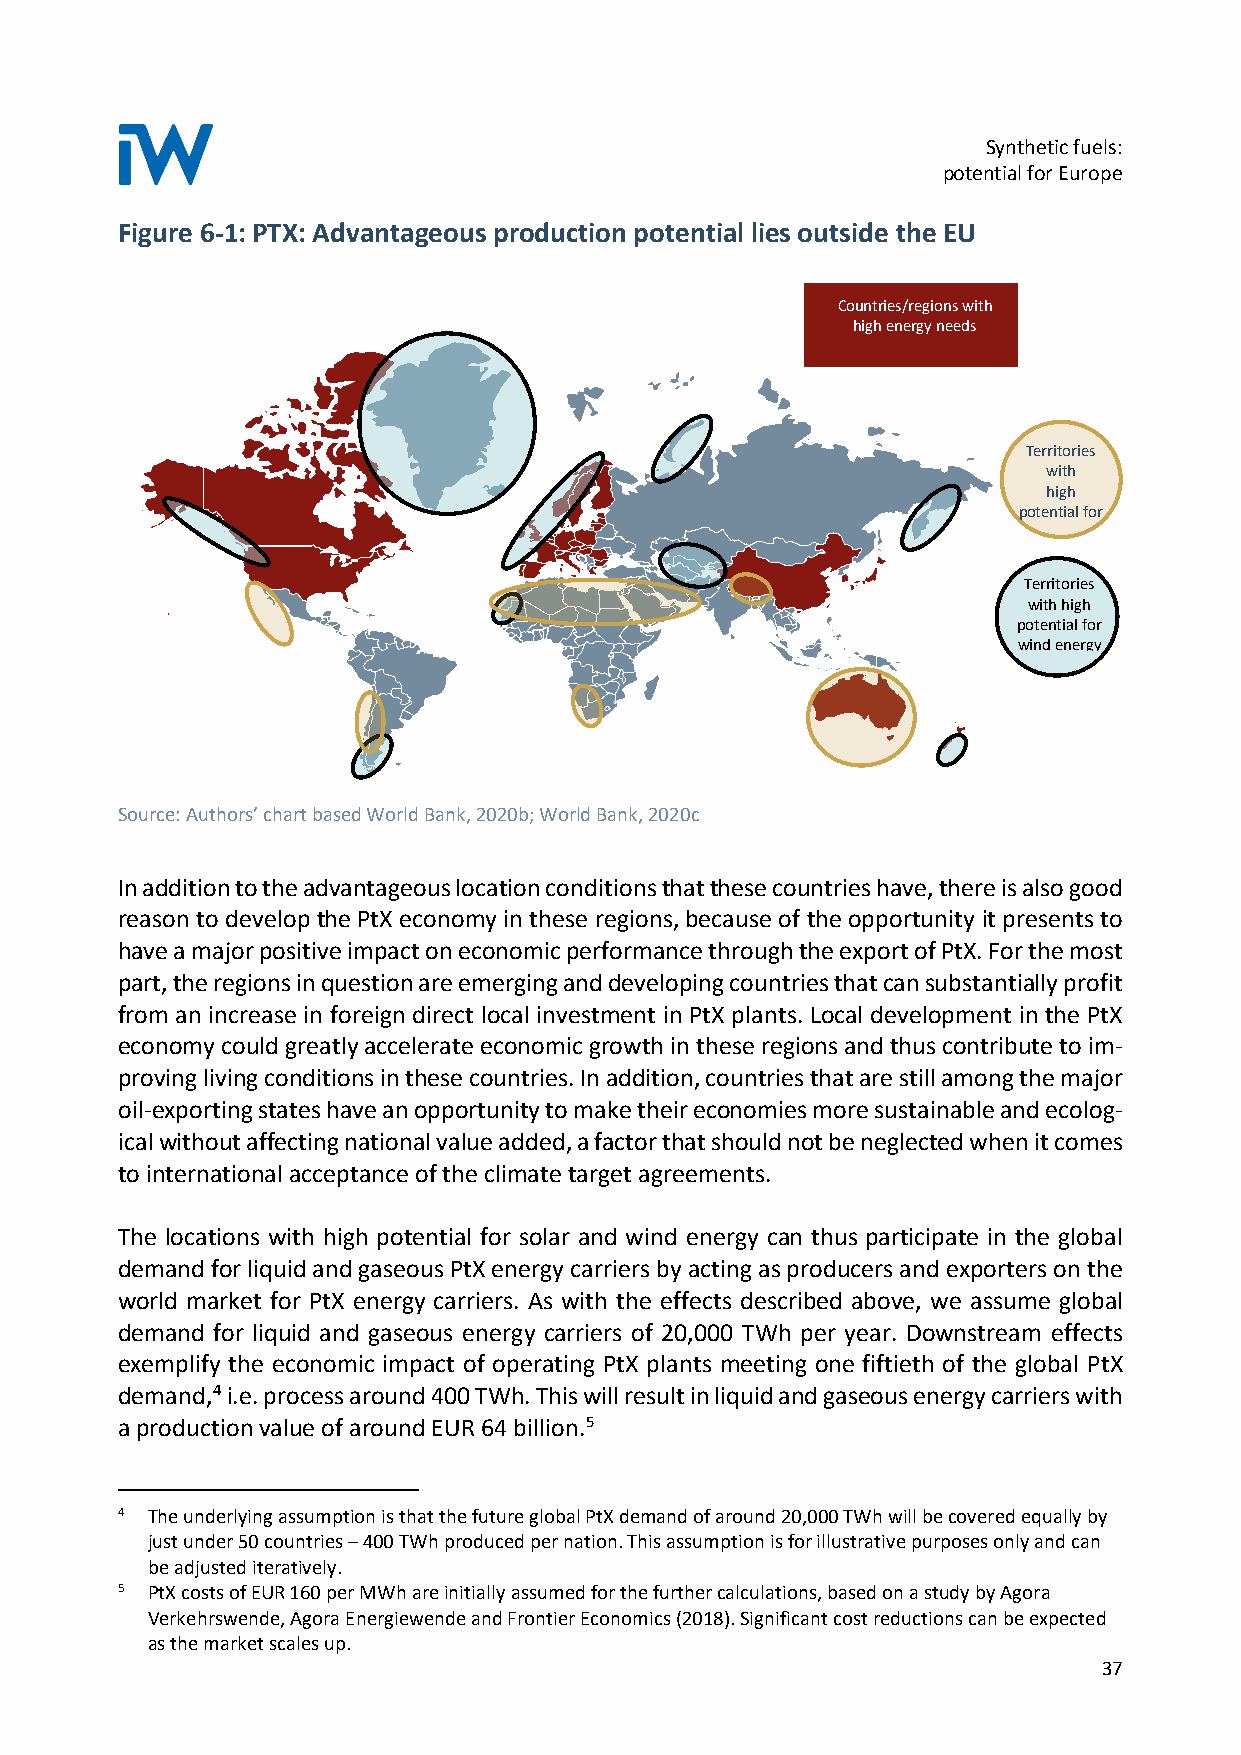
Synthetic fuels:
 potential for Europe
 Figure 6-1: PTX: Advantageous production potential lies outside the EU
 Countries/regions with
 high energy needs
 Territories
 with
 high
 potential for
 Territories
 with high
 potential for
 wind energy
 Source: Authors’ chart based World Bank, 2020b; World Bank, 2020c
 In addition to the advantageous location conditions that these countries have, there is also good
 reason to develop the PtX economy in these regions, because of the opportunity it presents to
 have a major positive impact on economic performance through the export of PtX. For the most
 part, the regions in question are emerging and developing countries that can substantially profit
 from an increase in foreign direct local investment in PtX plants. Local development in the PtX
 economy could greatly accelerate economic growth in these regions and thus contribute to im-
 proving living conditions in these countries. In addition, countries that are still among the major
 oil-exporting states have an opportunity to make their economies more sustainable and ecolog-
 ical without affecting national value added, a factor that should not be neglected when it comes
 to international acceptance of the climate target agreements.
 The locations with high potential for solar and wind energy can thus participate in the global
 demand for liquid and gaseous PtX energy carriers by acting as producers and exporters on the
 world market for PtX energy carriers. As with the effects described above, we assume global
 demand for liquid and gaseous energy carriers of 20,000 TWh per year. Downstream effects
 exemplify the economic impact of operating PtX plants meeting one fiftieth of the global PtX
 demand,4 i.e. process around 400 TWh. This will result in liquid and gaseous energy carriers with
 a production value of around EUR 64 billion.5
 4 The underlying assumption is that the future global PtX demand of around 20,000 TWh will be covered equally by
 just under 50 countries – 400 TWh produced per nation. This assumption is for illustrative purposes only and can
 be adjusted iteratively.
 5 PtX costs of EUR 160 per MWh are initially assumed for the further calculations, based on a study by Agora
 Verkehrswende, Agora Energiewende and Frontier Economics (2018). Significant cost reductions can be expected
 as the market scales up.
 37